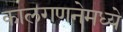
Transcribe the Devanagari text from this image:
कालगणनेमध्ये